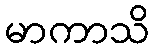
မာကာသိ